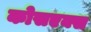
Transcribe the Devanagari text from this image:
कोसएक्स